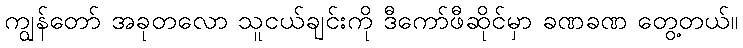
ကျွန်တော် အခုတလော သူငယ်ချင်းကို ဒီကော်ဖီဆိုင်မှာ ခဏခဏ တွေ့တယ်။